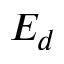
E _ { d }